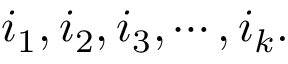
i _ { 1 } , i _ { 2 } , i _ { 3 } , \cdots , i _ { k } .